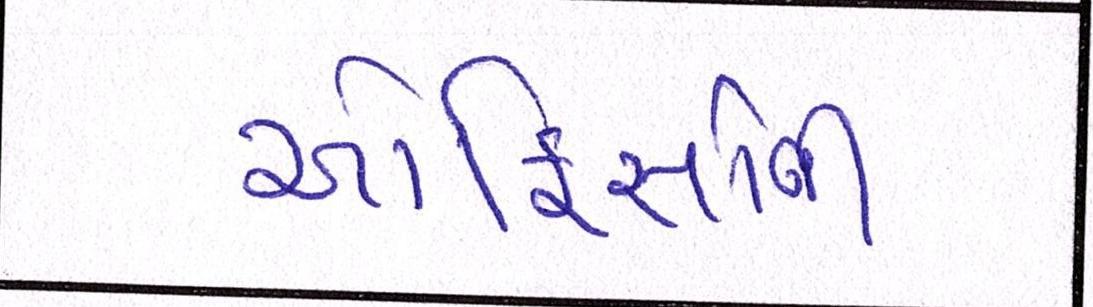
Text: ઓફિસોની